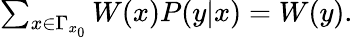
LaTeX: \begin{array}{r}{\sum_{x\in\Gamma_{x_{0}}}W(x)P(y|x)=W(y).}\end{array}